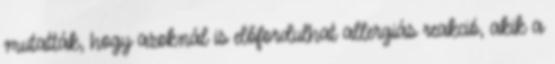
mutatták, hogy azoknál is előfordulhat allergiás reakció, akik a